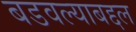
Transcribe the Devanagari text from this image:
बडवल्याबद्दल